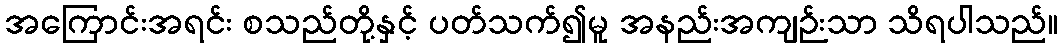
အကြောင်းအရင်း စသည်တို့နှင့် ပတ်သက်၍မူ အနည်းအကျဉ်းသာ သိရပါသည်။